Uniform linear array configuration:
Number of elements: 32
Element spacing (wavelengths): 0.5
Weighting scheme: exponential
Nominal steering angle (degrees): -60
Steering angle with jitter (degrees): -61.209
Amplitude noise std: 0.05
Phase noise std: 0.05

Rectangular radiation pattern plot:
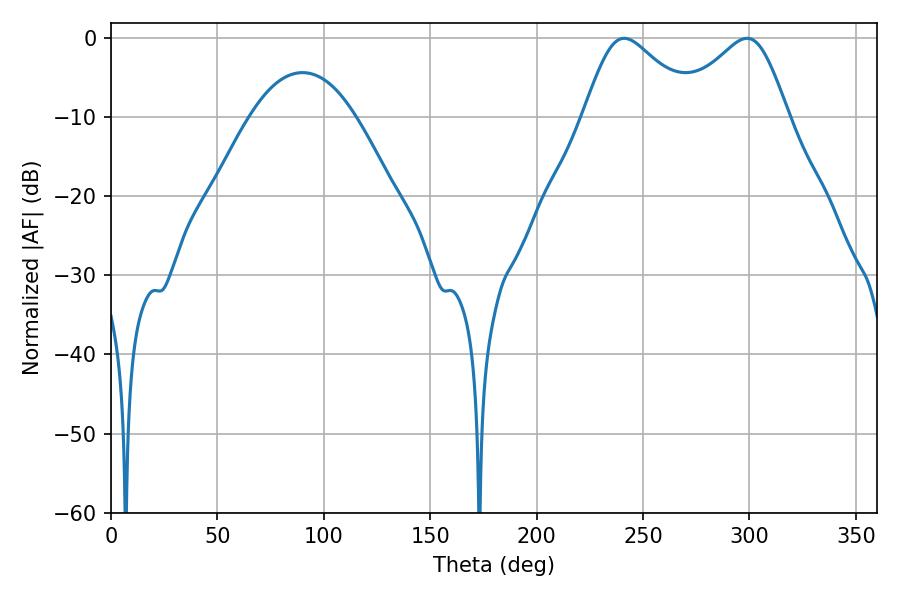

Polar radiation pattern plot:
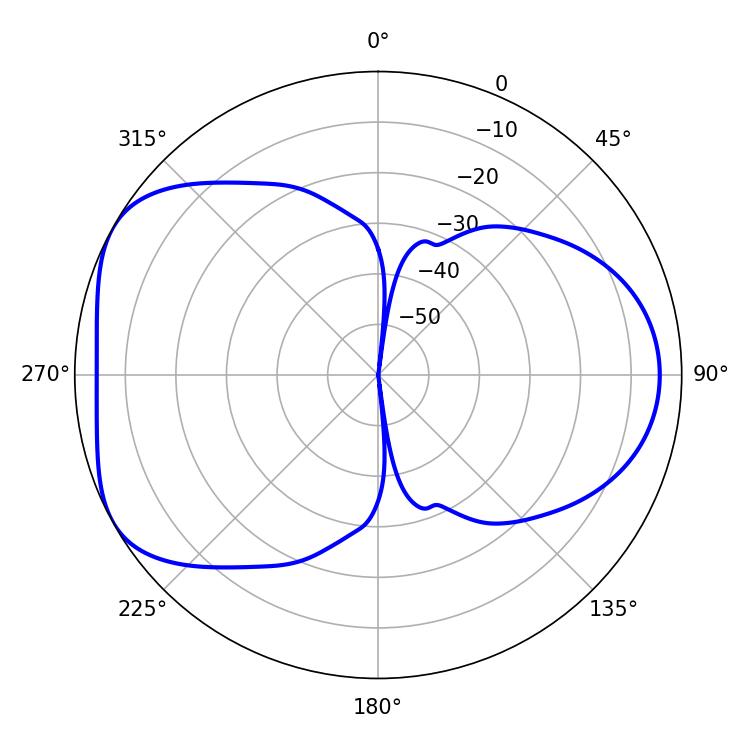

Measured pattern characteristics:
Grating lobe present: FALSE
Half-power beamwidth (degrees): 26.28
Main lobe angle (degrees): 241.2